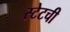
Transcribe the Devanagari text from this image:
स्टेटची